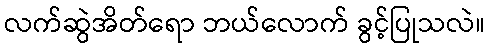
လက်ဆွဲအိတ်ရော ဘယ်လောက် ခွင့်ပြုသလဲ။